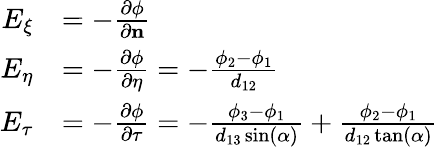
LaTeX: \begin{array}{rl}{E_{\xi}}&{=-\frac{\partial\phi}{\partial\mathbf{n}}}\\ {E_{\eta}}&{=-\frac{\partial\phi}{\partial\eta}=-\frac{\phi_{2}-\phi_{1}}{d_{12}}}\\ {E_{\tau}}&{=-\frac{\partial\phi}{\partial\tau}=-\frac{\phi_{3}-\phi_{1}}{d_{13}\sin(\alpha)}+\frac{\phi_{2}-\phi_{1}}{d_{12}\tan(\alpha)}}\end{array}